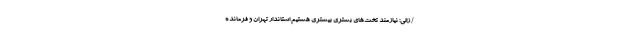
/ زالی: نیازمند تخت‌های بستری بیشتری هستیم استاندار تهران و فرمانده